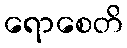
ရောစေတိ